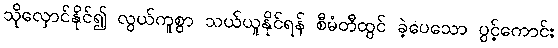
သိုလှောင်နိုင်၍ လွယ်ကူစွာ သယ်ယူနိုင်ရန် စီမံတီထွင် ခဲ့ပေသော ပွင့်ကောင်း